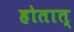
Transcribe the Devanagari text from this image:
होतात्